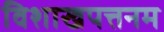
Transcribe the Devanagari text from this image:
विशाखपत्तनम